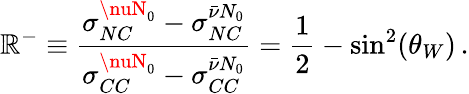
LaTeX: \mathbb{R}^{-}\equiv\frac{{\sigma_{NC}^{\nuN_{0}}-\sigma_{NC}^{\bar{{\nu}}N_{0}}}}{{\sigma_{CC}^{\nuN_{0}}-\sigma_{CC}^{\bar{{\nu}}N_{0}}}}=\frac{{1}}{{2}}-\mathrm{{sin}}^{2}(\theta_{W})\, .